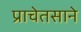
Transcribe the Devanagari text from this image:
प्राचेतसाने